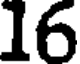
16